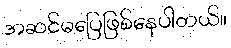
အဆင်မပြေဖြစ်နေပါတယ်။